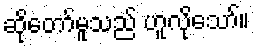
ဆိုတော်မူသည် ဟူလိုသော်။